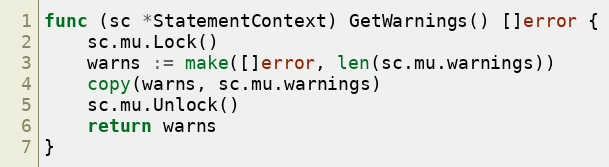
Language: Go
func (sc *StatementContext) GetWarnings() []error {
	sc.mu.Lock()
	warns := make([]error, len(sc.mu.warnings))
	copy(warns, sc.mu.warnings)
	sc.mu.Unlock()
	return warns
}